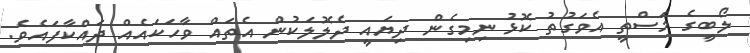
ލޯބީގެ މަސްތީ އެވަގުތު ކޮޅު ނިމިގެން ދިޔައީ ދެލޮލަކުން އެތައް ވާހަކައެއް ދައްކާފައެވެ.